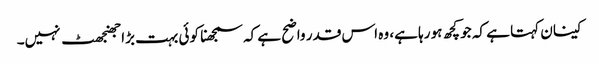
کینان کہتا ہے کہ جو کچھ ہو رہا ہے، وہ اس قدر واضح ہے کہ سمجھنا کوئی بہت بڑا جھنجھٹ نہیں۔